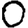
Digit: 0